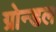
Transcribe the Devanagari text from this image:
ग्रोन्डल